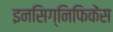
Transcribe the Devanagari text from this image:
इनसिग्निफिकेंस